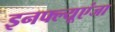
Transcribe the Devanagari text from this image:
इनफ्ल्यूएंजा